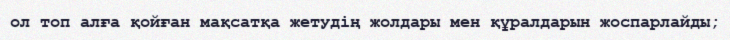
ол топ алға қойған мақсатқа жетудің жолдары мен құралдарын жоспарлайды;